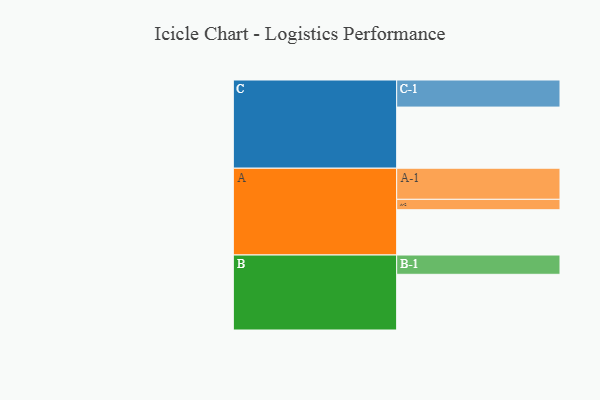
{"axis": {"x": "Segment", "y": "Value"}, "legend": ["", "A", "B", "C"], "data": [{"x": "A", "y": 383, "type": ""}, {"x": "B", "y": 471, "type": ""}, {"x": "C", "y": 517, "type": ""}, {"x": "A-1", "y": 263, "type": "A"}, {"x": "A-2", "y": 88, "type": "A"}, {"x": "B-1", "y": 163, "type": "B"}, {"x": "C-1", "y": 229, "type": "C"}]}